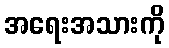
အရေးအသားကို